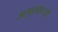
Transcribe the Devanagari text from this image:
अगुनाल्डो